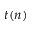
t ( n )